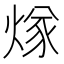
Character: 煫